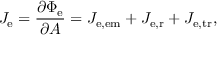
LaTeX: J _ { \mathrm { e } } = { \frac { \partial \Phi _ { \mathrm { e } } } { \partial A } } = J _ { \mathrm { e , e m } } + J _ { \mathrm { e , r } } + J _ { \mathrm { e , t r } } ,